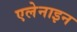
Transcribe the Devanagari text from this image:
एलेनाइन